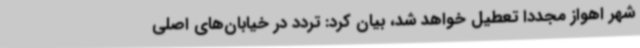
شهر اهواز مجددا تعطیل خواهد شد، بیان کرد: تردد در خیابان‌های اصلی